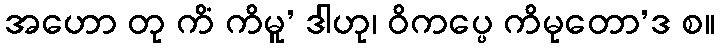
အဟော တု ကိံ ကိမူ’ ဒါဟု၊ ဝိကပ္ပေ ကိမုတော’ဒ စ။